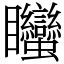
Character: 䂅